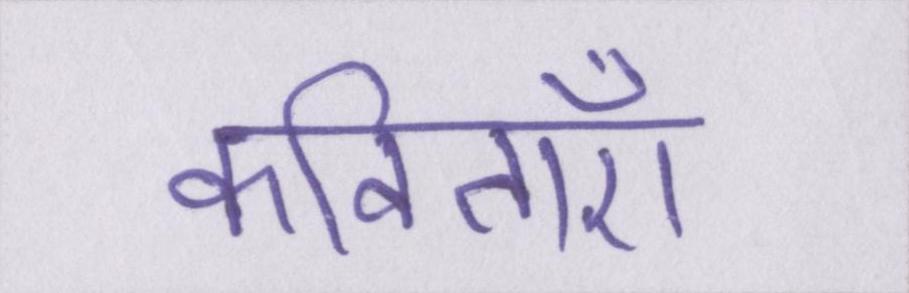
कविताएँ